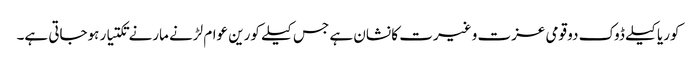
کوریا کیلے ڈوک دو قومی عزت و غیرت کا نشان ہے جس کیلے کورین عوام لڑنے مارنے تکتیار ہوجاتی ہے۔